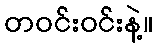
တဝင်းဝင်းနဲ့။